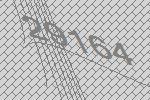
29164